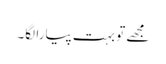
مجھے تو بہت پیارا لگا۔